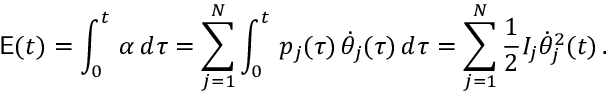
\mathsf { E } ( t ) = \int _ { 0 } ^ { t } \, \alpha \, d \tau = \sum _ { j = 1 } ^ { N } \int _ { 0 } ^ { t } \, p _ { j } ( \tau ) \, \dot { \theta } _ { j } ( \tau ) \, d \tau = \sum _ { j = 1 } ^ { N } \frac { 1 } { 2 } I _ { j } \dot { \theta } _ { j } ^ { 2 } ( t ) \, .